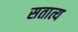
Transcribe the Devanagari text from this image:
सतात्य